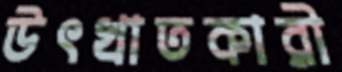
উৎখাতকারী